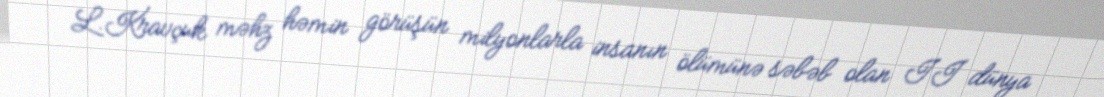
L.Kravçuk məhz həmin görüşün milyonlarla insanın ölümünə səbəb olan II dünya